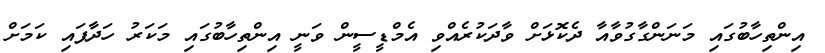
އިންތިހާބުގައި މަނަންގާގުވާއާ ދެކޮޅަށް ވާދަކުރެއްވި އެމްޑީސީން ވަނީ އިންތިހާބުގައި މަކަރު ހަދާފައި ކަމަށް